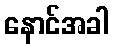
နောင်အခါ